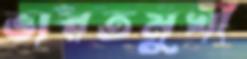
ভারতমুখী